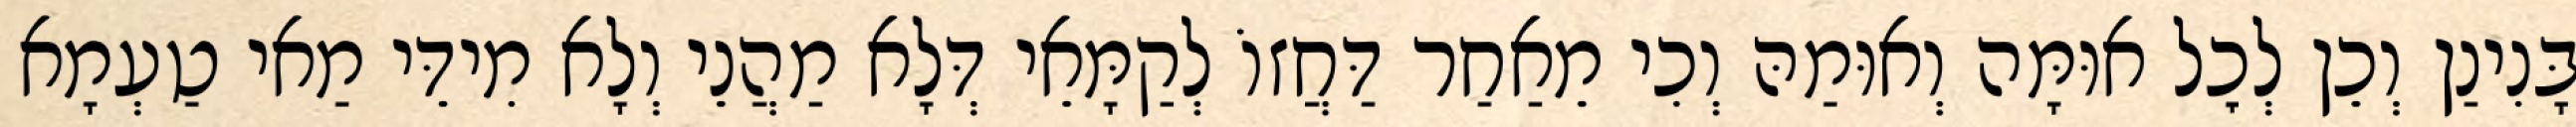
בָּנִינַן וְכֵן לְכׇל אוּמָּה וְאוּמַהּ וְכִי מֵאַחַר דַּחֲזוֹ לְקַמָּאֵי דְּלָא מַהֲנֵי וְלָא מִידֵּי מַאי טַעְמָא